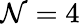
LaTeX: \mathcal{N}=4